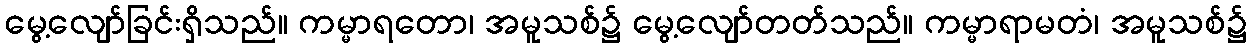
မွေ့လျော်ခြင်းရှိသည်။ ကမ္မာရတော၊ အမူသစ်၌ မွေ့လျော်တတ်သည်။ ကမ္မာရာမတံ၊ အမူသစ်၌